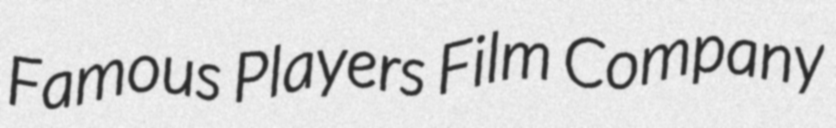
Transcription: Famous Players Film Company